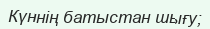
Күннің батыстан шығу;